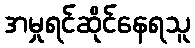
အမှုရင်ဆိုင်နေရသူ